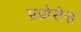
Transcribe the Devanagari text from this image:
प्रप्रोसेस